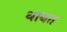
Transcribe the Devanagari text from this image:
थाबत